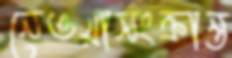
নেওয়াসংক্রান্ত